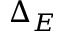
\Delta _ { E }